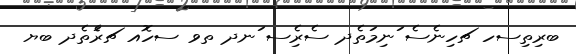
ބރިތިސހ ޗހިނެސެ ަނިމަތެދ ސެރިެސ ަނދ ތވ ސހޮއ ޗރެަތެދ ބޔ